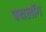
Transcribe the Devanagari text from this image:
पथलॉग